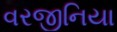
વરજીનિયા